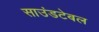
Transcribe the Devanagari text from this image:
साउंडटेबल